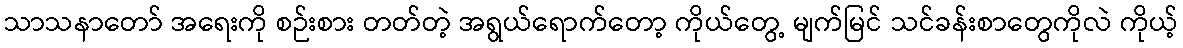
သာသနာတော် အရေးကို စဉ်းစား တတ်တဲ့ အရွယ်ရောက်တော့ ကိုယ်တွေ့ မျက်မြင် သင်ခန်းစာတွေကိုလဲ ကိုယ့်